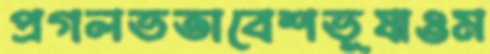
প্রগলভতাবেশভূষাওম